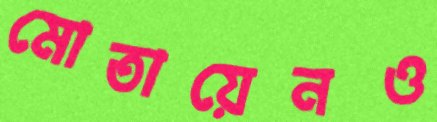
মোতায়েনও